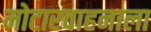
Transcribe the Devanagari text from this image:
मोटारवाहनाला